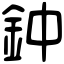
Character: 鈡